Scottish Leaving Certificate Examination, 1956
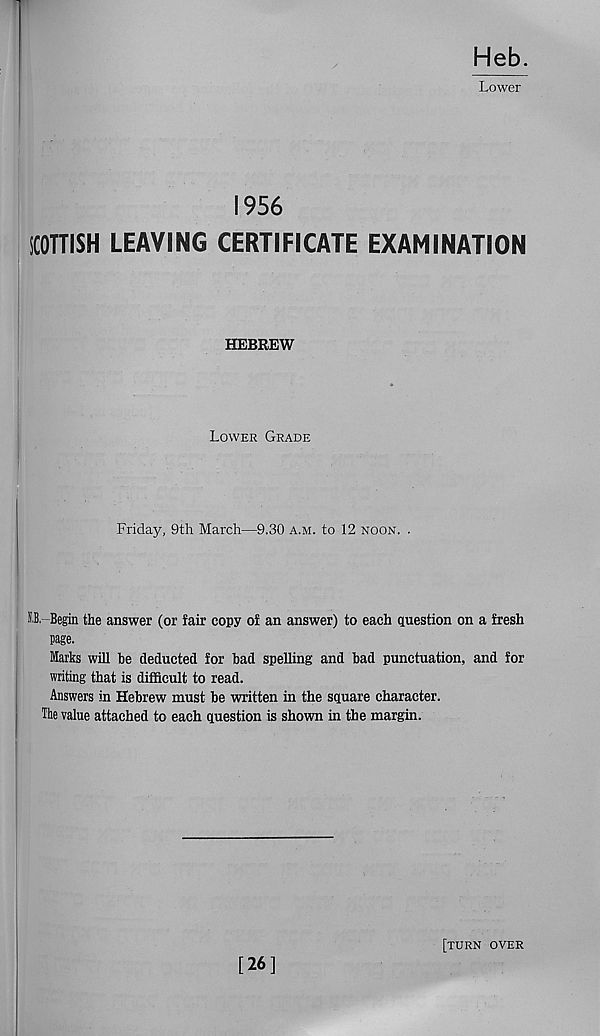
Heb.
Lower
1956
SCOTTISH LEAVING CERTIFICATE EXAMINATION
HEBREW
Lower Grade
Friday, 9th March—9.30 a.m. to 12 noon. .
M,--Begin the answer (or fair copy of an answer) to each question on a fresh
page.
Marks will be deducted for bad spelling and bad punctuation, and for
writing that is difficult to read.
Answers in Hebrew must be written in the square character.
The value attached to each question is shown in the margin.
[26]
[turn over